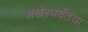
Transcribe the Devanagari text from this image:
अखेरपर्यंतचा